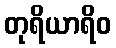
တုရိယာရိဝ